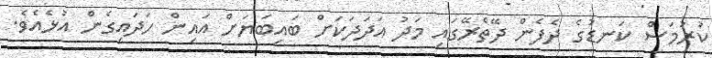
ކުރުމަސް ކަނޑުގެ ދެފެން ދޭތެރޭގައި މަދު އަދަދަކަށް ބަައިބަޔަށް އައިން ހަދައިގެން އުޅެއެވެ.